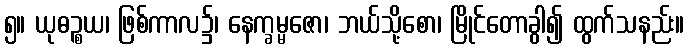
၅။ ယုဓဉ္စယ၊ ဖြစ်ကာလ၌၊ နေက္ခမ္မဇော၊ ဘယ်သို့စော၊ မြိုင်တောခွါ၍ ထွက်သနည်း။